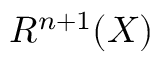
R ^ { n + 1 } ( X )